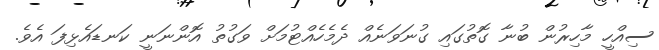
ސިއްހީ މާހިރުން ބުނާ ގޮތުގައި ގުނަވަނެއް ދެމެހެއްޓުމަށް ވަގުތު އޮންނަނީ ކަނޑައެޅިފަ އެވެ.